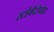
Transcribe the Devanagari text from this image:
स्टोमैटोपोडा